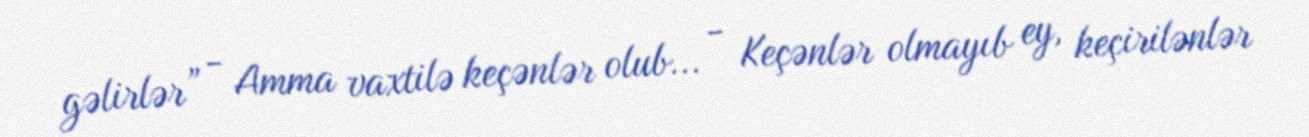
gəlirlər” - Amma vaxtilə keçənlər olub... - Keçənlər olmayıb ey, keçirilənlər